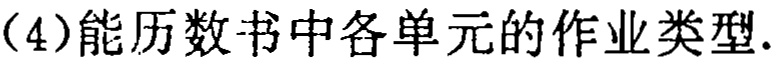
（4）能历数书中各单元的作业类型.